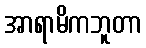
အာရာမိကဘူတာ